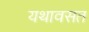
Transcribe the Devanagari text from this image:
यथावसत